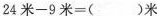
$$2 4 米 - 9 米 = () 米$$